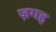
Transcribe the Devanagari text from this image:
ज़गह